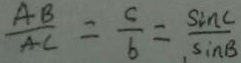
\frac { A B } { A C } = \frac { c } { b } = \frac { \sin C } { \sin B }